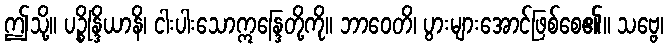
ဤသို့။ ပဉ္စိန္ဒြိယာနိ၊ ငါးပါးသောဣန္ဒြေတို့ကို။ ဘာဝေတိ၊ ပွားများအောင်ဖြစ်စေ၏။ သဗ္ဗေ၊